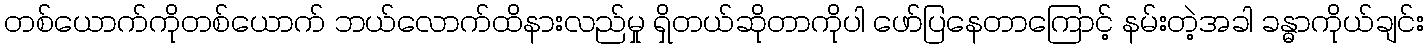
တစ်ယောက်ကိုတစ်ယောက် ဘယ်လောက်ထိနားလည်မှု ရှိတယ်ဆိုတာကိုပါ ဖော်ပြနေတာကြောင့် နမ်းတဲ့အခါ ခန္ဓာကိုယ်ချင်း